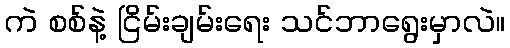
ကဲ စစ်နဲ့ ငြိမ်းချမ်းရေး သင်ဘာရွေးမှာလဲ။